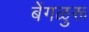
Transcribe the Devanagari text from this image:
बेंगळुरू